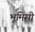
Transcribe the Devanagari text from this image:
भूमिसी